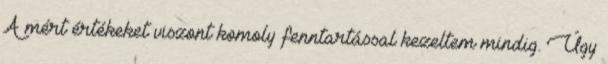
A mért értékeket viszont komoly fenntartással kezeltem mindig. Úgy